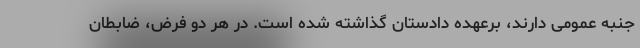
جنبه عمومی دارند، برعهده دادستان گذاشته شده است. در هر دو فرض، ضابطان